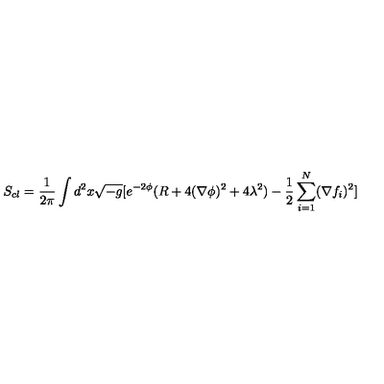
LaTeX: S _ { c l } = \frac { 1 } { 2 \pi } \int d ^ { 2 } x \sqrt { - g } [ e ^ { - 2 \phi } ( R + 4 ( \nabla \phi ) ^ { 2 } + 4 \lambda ^ { 2 } ) - \frac { 1 } { 2 } \sum _ { i = 1 } ^ { N } ( \nabla f _ { i } ) ^ { 2 } ]